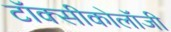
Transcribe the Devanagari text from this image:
टॉक्सीकोलॉजी